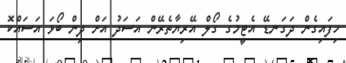
ހިފައިގެން ދަގަނޑޭ އެޓީމުގެ ގޯލް އޭރިޔާތެރޭން އަސަދު އަށް ދިން ބޯޅަ އަސައްކޮ